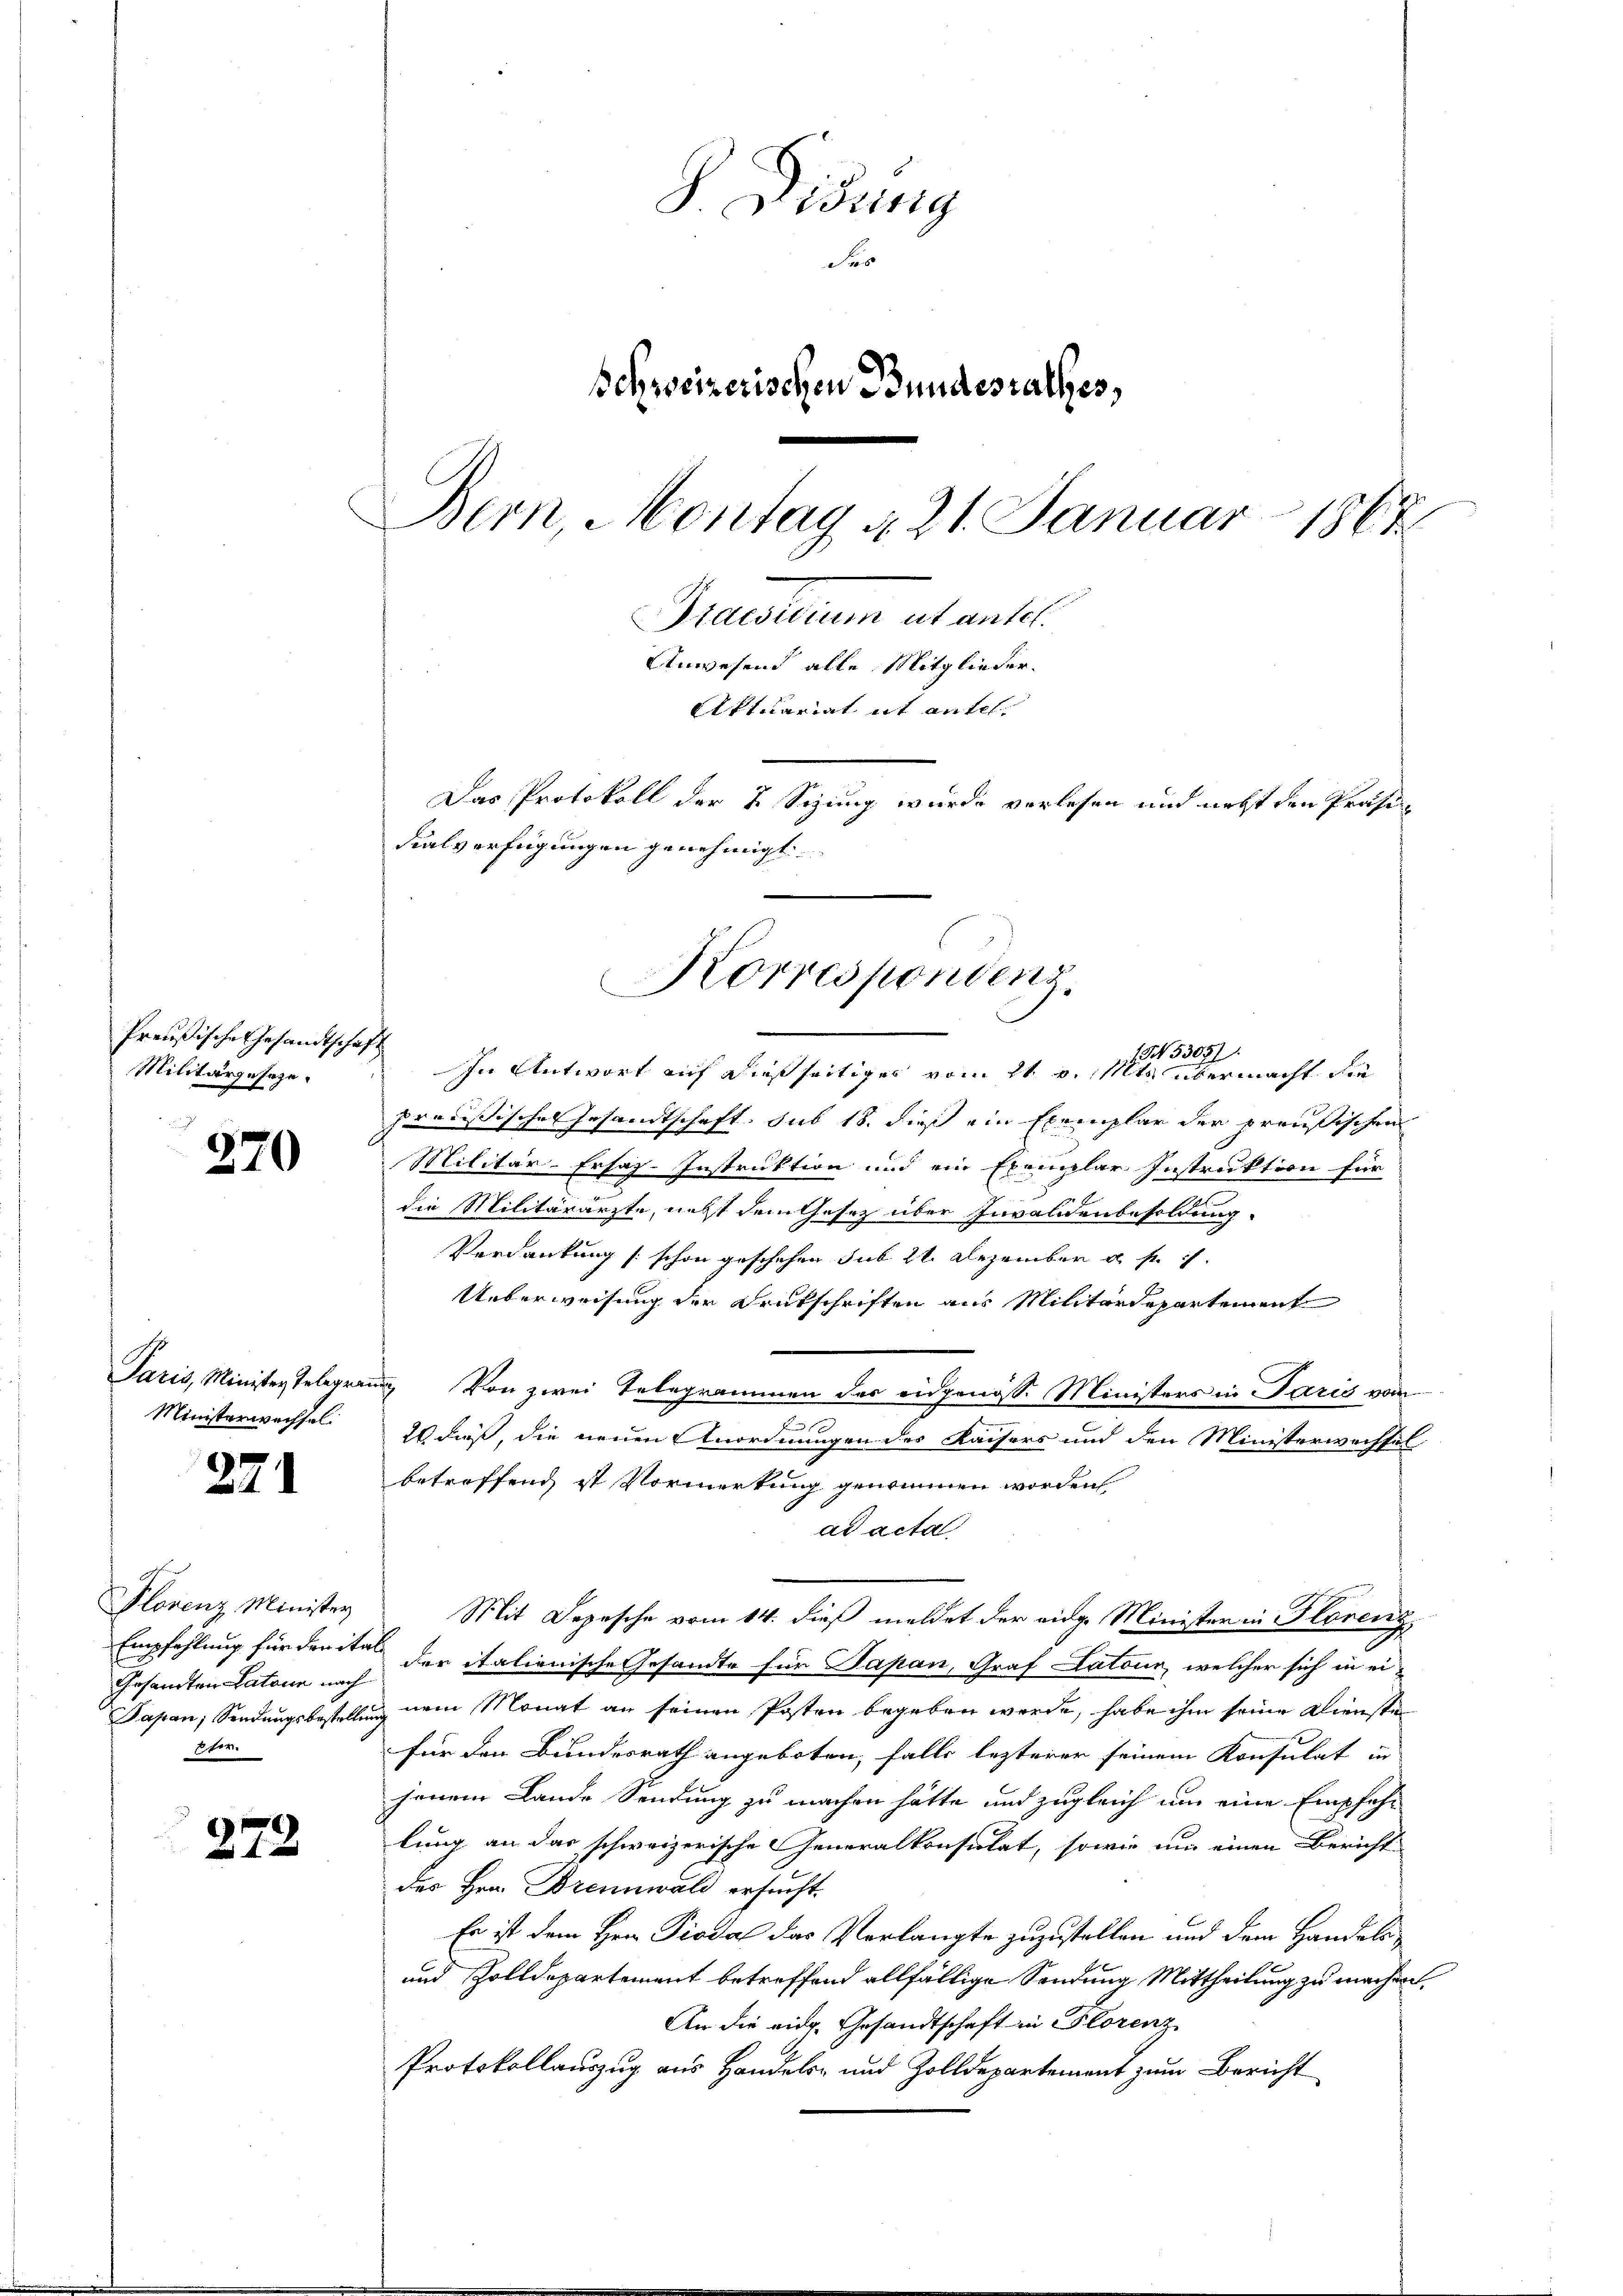
Preußische Gesandtschaft
Militärzusage.

270

Paris, Minister Telegrau
Ministerwachsel.

27

Florenz Minister
Empfehlung für dreita
Gesandten Latone nach
Eter.

272

widrig
F
Schweizerischen Bundesrathes,
Bern, Montag d. 21. Januar 1867
Preusterium et antes
Anwesen alle Mitglieder¬
Actuariat it antel
Das Protokoll der 2 Sizung wurde verlesen und nett den Präsidialverfügungen genehmigt.

15307)
In Antwort auf dießseitiges vom 21. v. Mts. übermacht die
präcisisches Gesandtschaft. sub 18. dieß ein Exemplar der preußischen
Militär-Ersat-Instruktion und ein Exemplar Instruktion für
die Militärärzte, nett dem Gesetz über Invalidenbesoldung.
Verdankung / schon geschehen sub 22. Dezember u. s.
Ueberweisung der Drukschriften aus Militärdepartement
un Von zwei Telegrammen des eidgenöss. Ministers in Paris vom
n
2 dieß, die neuen Anordnungen des Kaisers und den Ministerwechsel
betreffend ist Vormerkung genommen worden
ad acta
Mit Depesche vom 14. dieß meldet der eidg. Minister in Florenz
der italienische Gesandte für Papan, Graf Latour, welcher sich in ei¬
Papan, Sendungsbestellung nein Monat an seinen Posten begeben werde, habe ihm seine Dienste
für den Bundesrath angeboten, falls lezterer seinem Konsulat in
jenem Lande Sendung zu machen hätte und zugleich um eine Empfehlung an das schweizerische Generalkonsulat, sowie um einen Bericht
des Hrn. Brennwald ersucht.
Es ist dem Hrn. Pioda das Verlangte zuzustellen und dem Handels¬
und Zolldepartement betreffend allfällige Sendung Mittheilung zu machen.
An die eidg. Gesandtschaft in Florenz
Protokollauszug aus Handels- und Zolldepartement zum Bericht

Korrespondenz.